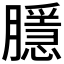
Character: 𭩑